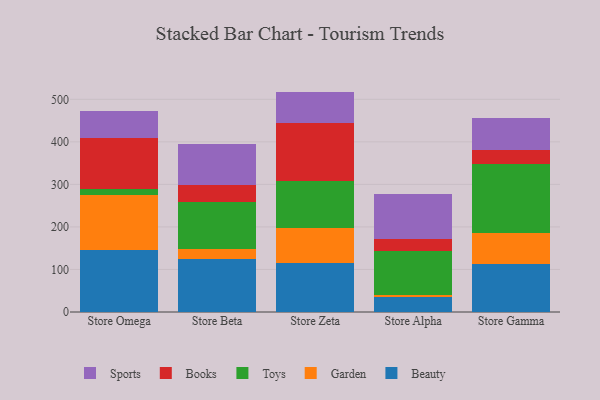
{"axis": {"x": "Store", "y": "Production Output"}, "legend": ["Beauty", "Books", "Garden", "Sports", "Toys"], "data": [{"x": "Store Omega", "y": 146.5, "type": "Beauty"}, {"x": "Store Omega", "y": 128.0, "type": "Garden"}, {"x": "Store Omega", "y": 13.8, "type": "Toys"}, {"x": "Store Omega", "y": 121.6, "type": "Books"}, {"x": "Store Omega", "y": 63.2, "type": "Sports"}, {"x": "Store Beta", "y": 125.5, "type": "Beauty"}, {"x": "Store Beta", "y": 23.6, "type": "Garden"}, {"x": "Store Beta", "y": 109.2, "type": "Toys"}, {"x": "Store Beta", "y": 39.7, "type": "Books"}, {"x": "Store Beta", "y": 97.8, "type": "Sports"}, {"x": "Store Zeta", "y": 114.9, "type": "Beauty"}, {"x": "Store Zeta", "y": 82.9, "type": "Garden"}, {"x": "Store Zeta", "y": 111.0, "type": "Toys"}, {"x": "Store Zeta", "y": 134.8, "type": "Books"}, {"x": "Store Zeta", "y": 74.5, "type": "Sports"}, {"x": "Store Alpha", "y": 34.3, "type": "Beauty"}, {"x": "Store Alpha", "y": 6.8, "type": "Garden"}, {"x": "Store Alpha", "y": 103.0, "type": "Toys"}, {"x": "Store Alpha", "y": 28.4, "type": "Books"}, {"x": "Store Alpha", "y": 104.6, "type": "Sports"}, {"x": "Store Gamma", "y": 112.0, "type": "Beauty"}, {"x": "Store Gamma", "y": 73.0, "type": "Garden"}, {"x": "Store Gamma", "y": 162.9, "type": "Toys"}, {"x": "Store Gamma", "y": 33.5, "type": "Books"}, {"x": "Store Gamma", "y": 75.3, "type": "Sports"}]}